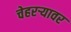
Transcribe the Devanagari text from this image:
चेहरऱ्यावर